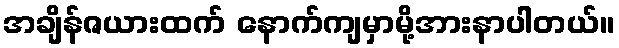
အချိန်ဇယားထက် နောက်ကျမှာမို့အားနာပါတယ်။